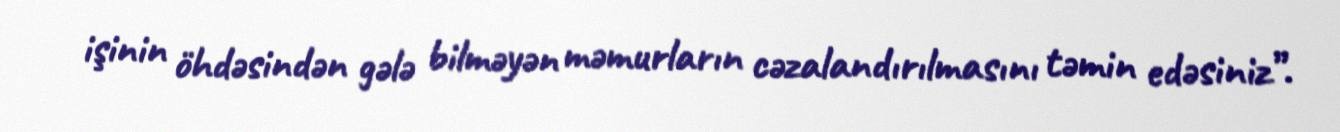
işinin öhdəsindən gələ bilməyən məmurların cəzalandırılmasını təmin edəsiniz”.